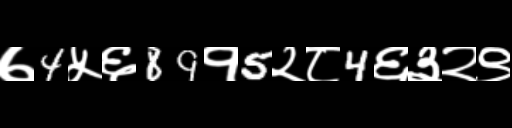
Text: ७4५६89१5२८4६३२९